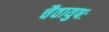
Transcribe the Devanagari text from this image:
चैवायुषः